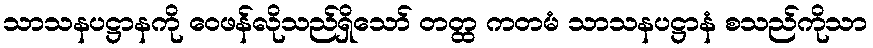
သာသနပဋ္ဌာနကို ဝေဖန်လိုသည်ရှိသော် တတ္ထ ကတမံ သာသနပဋ္ဌာနံ စသည်ကိုသာ